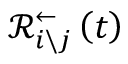
\mathcal { R } _ { i \backslash j } ^ { \leftarrow } \left( t \right)